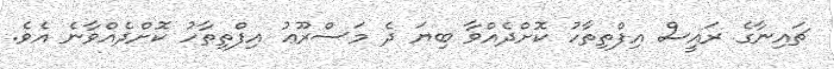
ޗައިނާގެ ރައީސް އިފްތިތާހު ކޮށްދެއްވާ ބިޔަ ދެ މަސްރޫޢު އިފްތިތާހު ކޮށްދެއްވާނެ އެވެ.